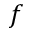
f